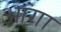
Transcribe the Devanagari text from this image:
आंगा